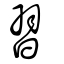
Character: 習